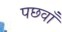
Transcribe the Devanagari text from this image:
पछवाँ